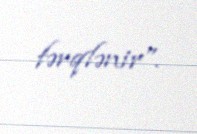
fərqlənir”.